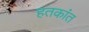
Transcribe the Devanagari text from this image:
हतकांत